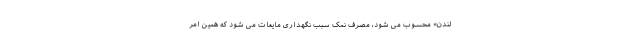
لندن» محسوب می شود، مصرف نمک سبب نگهداری مایعات می شود که همین امر